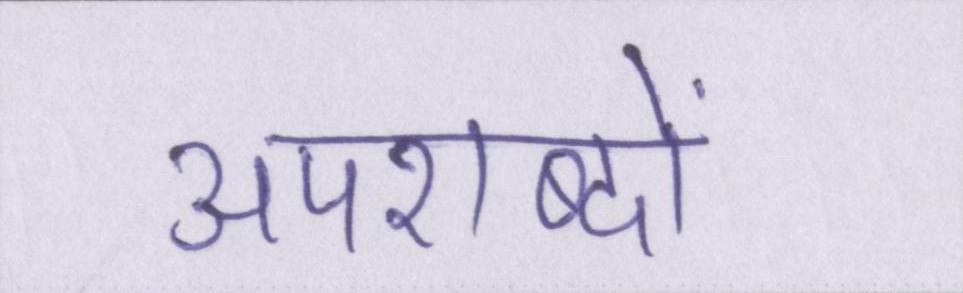
अपशब्दों